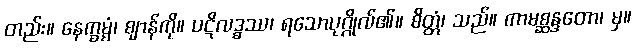
တည်း။ နေက္ခမ္မံ၊ ဈာန်ကို။ ပဋိလဒ္ဓဿ၊ ရသောပုဂ္ဂိုလ်၏။ စိတ္တံ၊ သည်။ ကာမစ္ဆန္ဒတော၊ မှ။